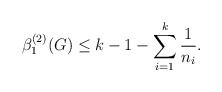
\begin{align*}\beta_{1}^{(2)}(G) \leq k - 1 - \sum_{i=1}^k \frac1{n_i}.\end{align*}